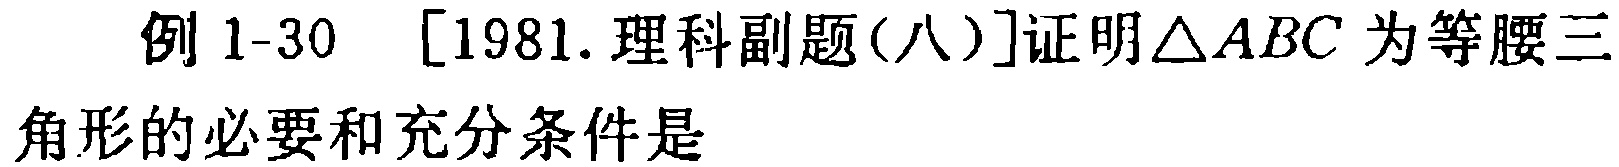
例 1-30 [1981.理科副题(八)]证明\(\triangle ABC\)为等腰三角形的必要和充分条件是